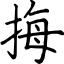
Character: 挴